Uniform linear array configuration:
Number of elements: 12
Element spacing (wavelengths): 0.75
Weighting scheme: hann
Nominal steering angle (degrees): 0
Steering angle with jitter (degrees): -1.918
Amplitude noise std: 0.05
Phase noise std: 0.05

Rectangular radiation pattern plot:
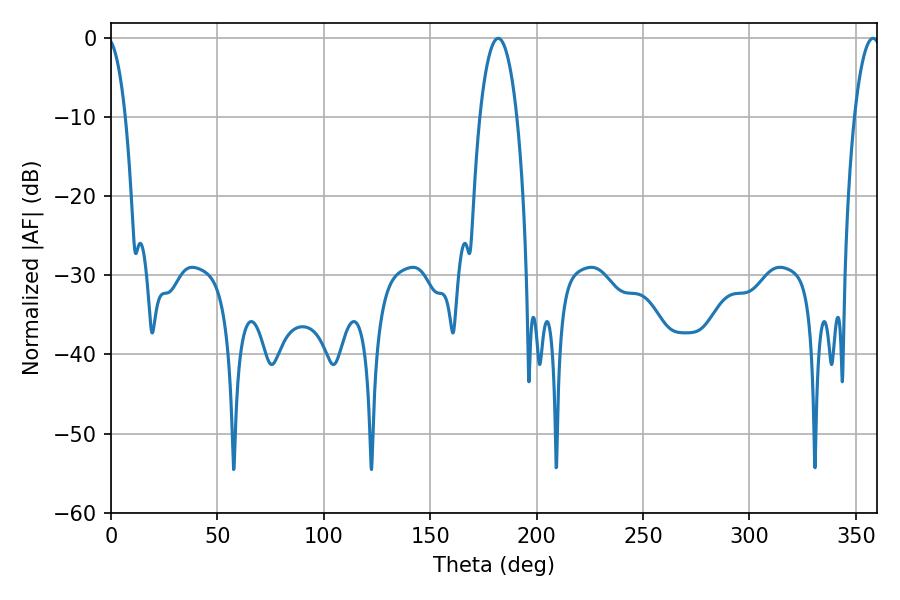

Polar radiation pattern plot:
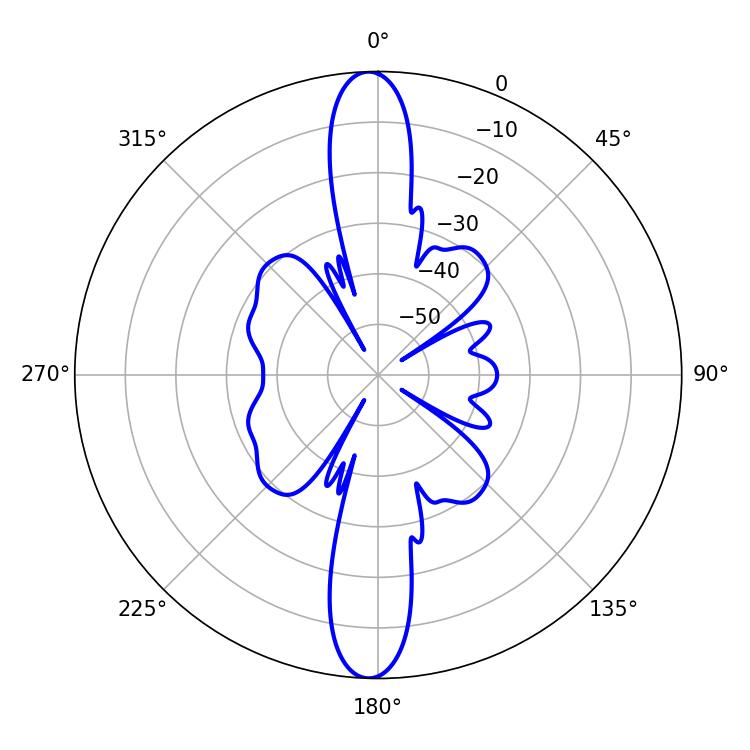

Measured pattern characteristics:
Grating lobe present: TRUE
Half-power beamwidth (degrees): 9.72
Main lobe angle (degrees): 181.98